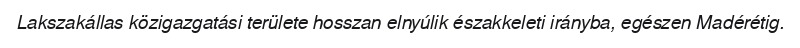
Lakszakállas közigazgatási területe hosszan elnyúlik északkeleti irányba, egészen Madérétig.